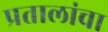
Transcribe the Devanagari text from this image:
प्रतालांचा